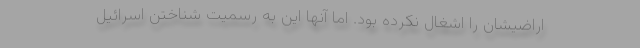
اراضیشان را اشغال نکرده بود. اما آنها این به رسمیت شناختن اسرائیل